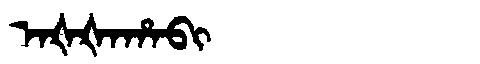
Manchu: ᠠᡧᡧᠠᡥᠠᠪᡳ
Romanization: AŠŠAHABI